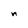
Character: n